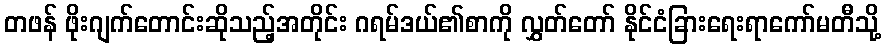
တဖန် ဖိုးဂျက်တောင်းဆိုသည့်အတိုင်း ဂရမ်ဒယ်၏စာကို လွှတ်တော် နိုင်ငံခြားရေးရာကော်မတီသို့